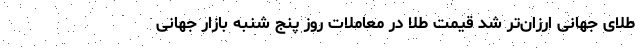
طلای جهانی ارزان‌تر شد قیمت طلا در معاملات روز پنج شنبه بازار جهانی